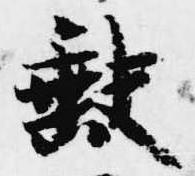
欠